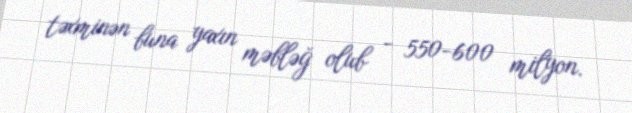
təxminən buna yaxın məbləğ olub - 550-600 milyon.